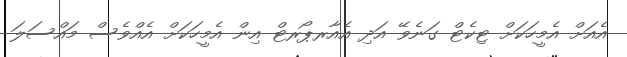
އެއަށް އެމީހަކަށް ޓިކެޓް ގަނެވޭ އަދި އެއާރޕޯރޓް އިން އެމީހަކަށް އެއްވެސް މައްސަލަ